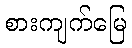
စားကျက်မြေ